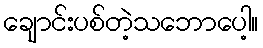
ချောင်းပစ်တဲ့သဘောပေါ့။